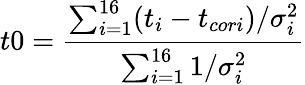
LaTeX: t0=\frac{\sum_{i=1}^{16}(t_{i}-t_{cori})/\sigma_{i}^{2}}{\sum_{i=1}^{16}1/\sigma_{i}^{2}}